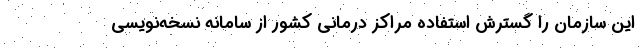
این سازمان را گسترش استفاده مراکز درمانی کشور از سامانه نسخه‌نویسی